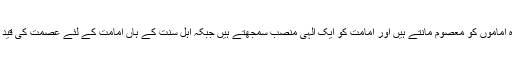
شیعہ بارہ اماموں کو معصوم مانتے ہیں اور امامت کو ایک الہی منصب سمجھتے ہیں جبکہ اہل سنت کے ہاں امامت کے لئے عصمت کی قید نہیں ہے۔